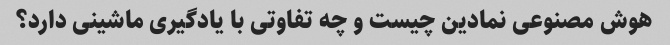
هوش مصنوعی نمادین چیست و چه تفاوتی با یادگیری ماشینی دارد؟